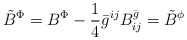
\begin{align*}{\tilde{B}}^{\Phi}= {B}^{\Phi} - \frac{1}{4} {\bar{g}}^{ij} B^{\bar{g}}_{ij} = {\tilde{B}}^{\phi}\end{align*}